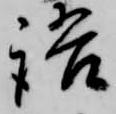
語